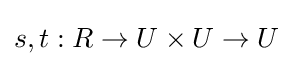
s,t:R\to U\times U\to U